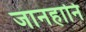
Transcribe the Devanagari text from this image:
जानहानि